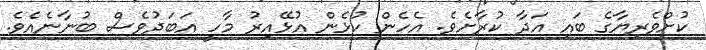
ކުށްވެރިޔާގެ ބައި އަދާ ކުރާށެވެ. އެހެން ކުޅެން އުޅޭއިރު މާހީ އަބަދުވެސް ބުނާނެއެވެ.